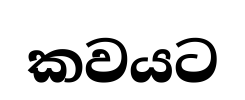
කවයට